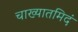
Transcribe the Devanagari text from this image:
चाख्यातमिदं